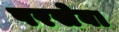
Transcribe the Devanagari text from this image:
परसेवा